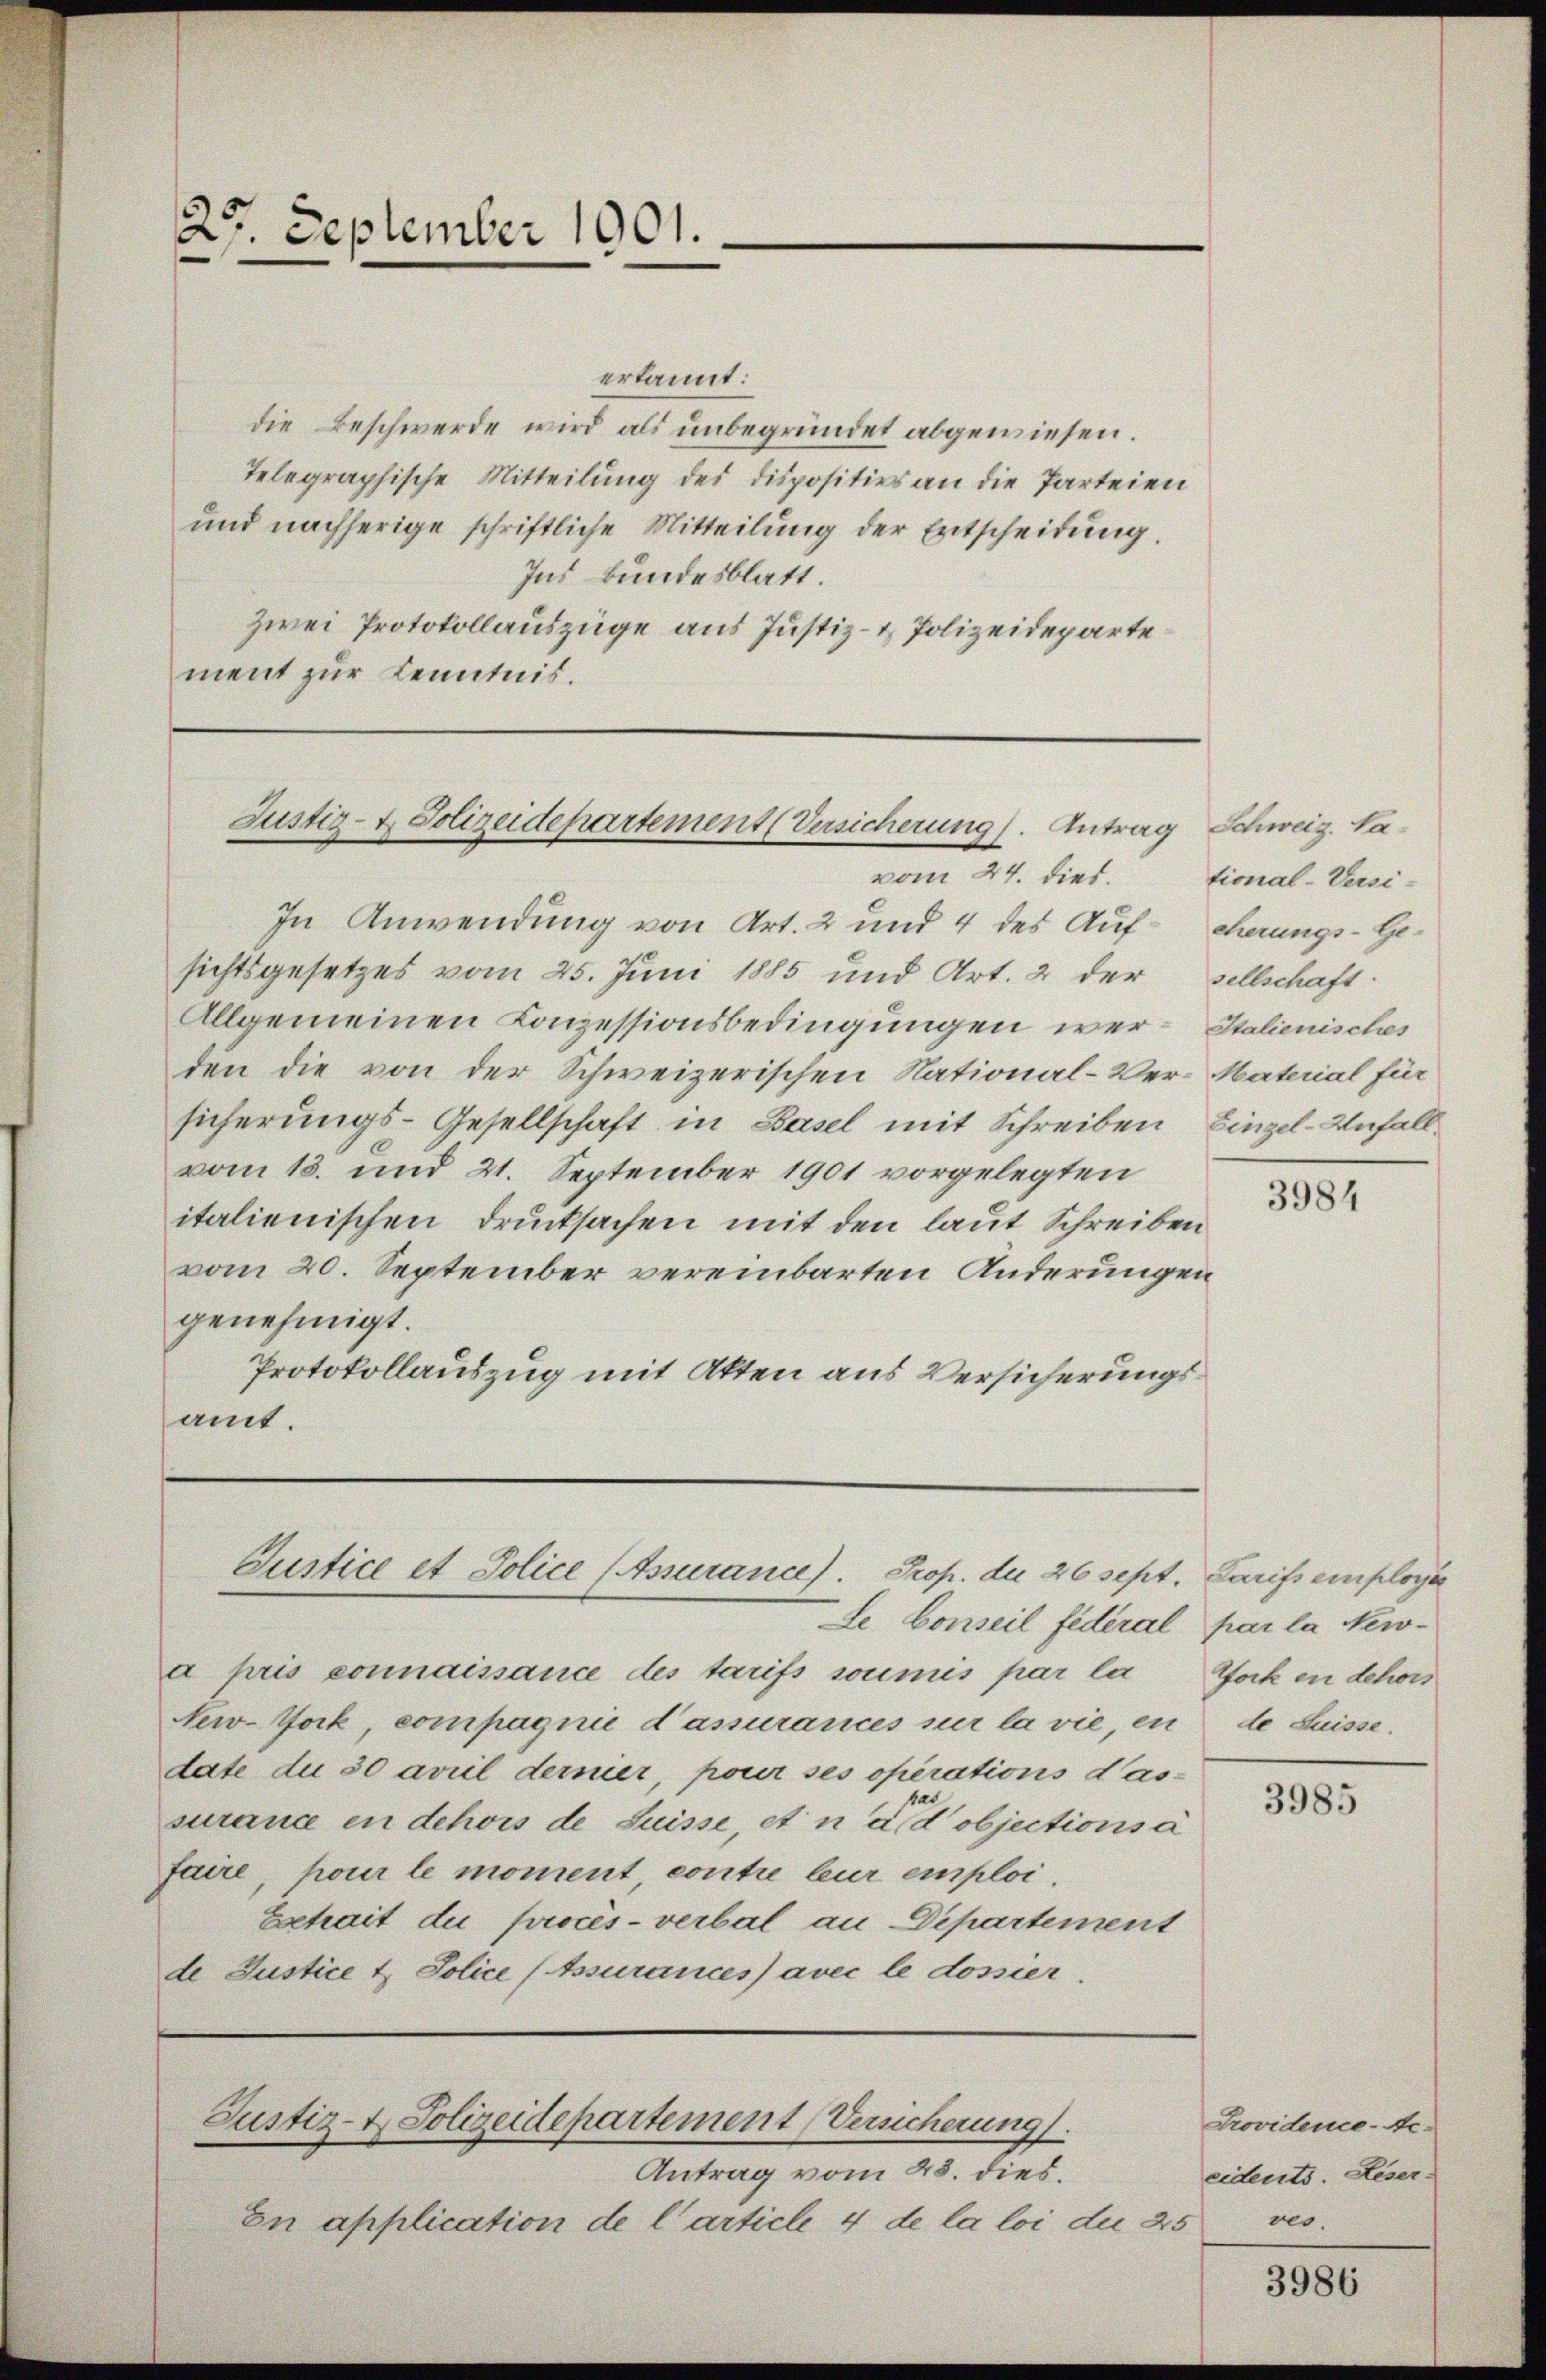
25 September 1901.

erkannt:
die Beschwerde wird als unbegründet abgewiesen.
Telegraphische Mitteilung des dispositiers an die Parteien
und nachherige schriftliche Mitteilung der Entscheidung.
Ins Bundesblatt.
Zwei Protokollauszüge aus Justiz- & Polizeidepartement zur Kenntnis.

Justiz- & Polizeidepartement (Versicherung. Antrag
vom 24. dies. tional-Versi-

In Anwendung von Art. 2 und 4 des Auf- chrungs-Gesichtsgesetzes vom 25. Juni 1885 und Art. 2 der sellschaft
Allgemeinen Conzessionsbedingungen wer- Italienisches
den die von der Schweizerischen National-Ver-Material für
sicherungs-Gesellschaft in Basel mit Schreiben, Einzel-Unfallvom 13. und 21. September 1901 vorgelegten
italienischen Drucksachen mit den laut Schreiben
vom 20. September vereinbarten Änderungen
genehmigt.
Protokollauszug mit Akten aus Versicherungsamt.

Justice et Police (Assurance). Prop. du 26 sept. Darifs employe
Le Conseil federal

a pris connaissance des tarifs soumis par la
New York, compagnie d’assurances sur la vie, en de Suisse.
date du 30 arril dernier, pour ses operations dassurance in dehors de Suisse, et nahe objectionsa
faire, pour le moment contre leur emploi
Extrait du procès-verbal an Dipartement
de Justice & Police (Assurances avec le dossier

Justiz- & Polizeidepartement (Versicherung.

Antrag vom 28. dies.
En application de l’article 4 de la loi die 25 ves

" Schweiz. Na-

3984

par la New-
Tock in dehors

3985

Providence-Ne-
eidents. Leser-

3986